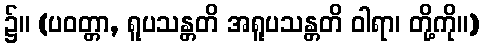
၌။ (ပဝတ္တာ, ရူပသန္တတိ အရူပသန္တတိ ဝါရာ၊ တို့ကို။)